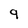
Character: 9